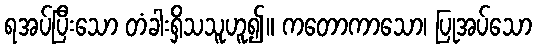
ရအပ်ပြီးသော တံခါးရှိသသူဟူ၍။ ကတောကာသော၊ ပြုအပ်သော